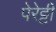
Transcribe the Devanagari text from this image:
पेरेट्टी